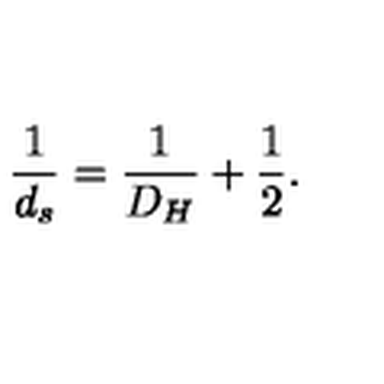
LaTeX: \frac { 1 } { d _ { s } } = \frac { 1 } { D _ { H } } + \frac { 1 } { 2 } .